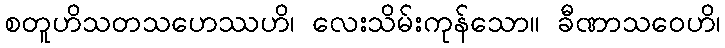
စတူဟိသတသဟေဿဟိ၊ လေးသိမ်းကုန်သော။ ခီဏာသဝေဟိ၊